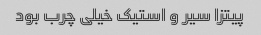
پیتزا سیر و استیک خیلی چرب بود